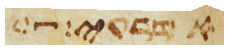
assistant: אדרעי